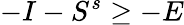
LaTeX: -I-S^{s}\geq-E